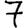
Digit: 7